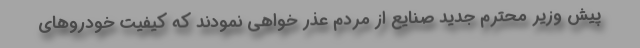
پیش وزیر محترم جدید صنایع از مردم عذر خواهی نمودند که کیفیت خودروهای